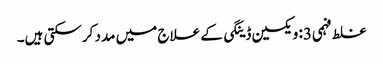
غلط فہمی3: ویکسین ڈینگی کے علاج میں مدد کرسکتی ہیں۔